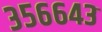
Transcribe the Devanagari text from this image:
३५६६४३